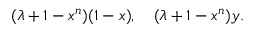
( \lambda + 1 - x ^ { n } ) ( 1 - x ) , \quad ( \lambda + 1 - x ^ { n } ) y .